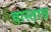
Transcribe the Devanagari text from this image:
वास्ताव